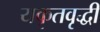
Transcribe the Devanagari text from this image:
यकृतवृद्धी